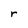
Character: r